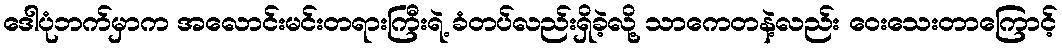
ဒေါပုံဘက်မှာက အလောင်းမင်းတရားကြီးရဲ့ ခံတပ်လည်းရှိခဲ့လို့ သာကေတနဲ့လည်း ဝေးသေးတာကြောင့်